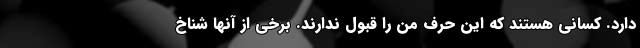
دارد. کسانی هستند که این حرف من را قبول ندارند. برخی از آنها شناخ